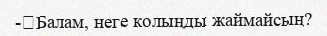
-	Балам, неге колыңды жаймайсың?